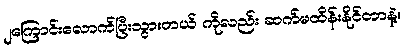
၂ကြောင်းလောက်ပြီးသွားတယ် ကိုလည်း ဆက်မထိန်းနိုင်တာနဲ့။